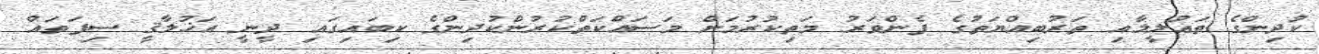
ކުދިންގެ ތަޢުލީމާއި ތަރުބިއްޔަތުގެ ފެންވަރު މަތިކުރުމަށް މަސައްކަތްކުރުންކުދިންގެ ކިބައިގައި ދީނީ އަޚުލާޤީ ސިފަތައް